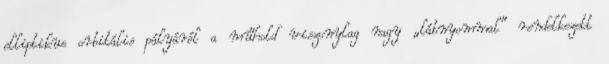
elliptikus orbitális pályáról a műhold viszonylag nagy „lábnyommal” rendelkezett